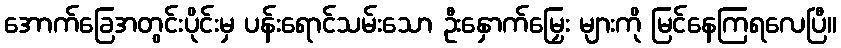
အောက်ခြေအတွင်းပိုင်းမှ ပန်းရောင်သမ်းသော ဦးနှောက်မြှေး များကို မြင်နေကြရလေပြီ။